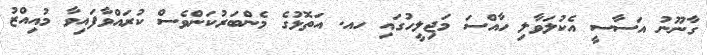
ގާނޫނު އަސާސީ އެކުލަވާލި ހާއްސަ މަޖިލީހުގައި ހއ. އަތޮޅުގެ މެންބަރުކަންވެސް ކުރައްވާފައިވާ މުއިއްޒު